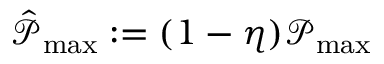
\hat { \mathcal { P } } _ { \operatorname* { m a x } } : = ( 1 - \eta ) \mathcal { P } _ { \operatorname* { m a x } }